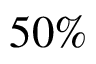
5 0 \%